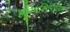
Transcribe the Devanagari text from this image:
हरिभक्तिपरायण